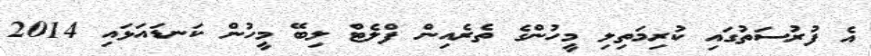
އެ ފުރުސަތުގައި ކުރިމަތިލި މީހުންގެ ތެރެއިން ފްލެޓް ލިބޭ މީހުން ކަނޑައަޅައި 2014